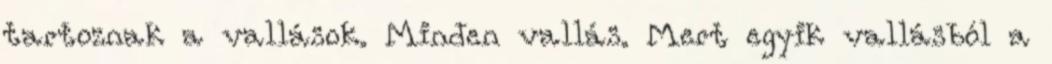
tartoznak a vallások. Minden vallás. Mert egyik vallásból a